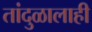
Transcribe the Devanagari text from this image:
तांदुळालाही